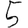
Digit: 5